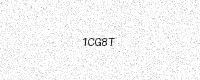
Text: 1CG8T